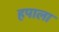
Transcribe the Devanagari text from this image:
हपाला